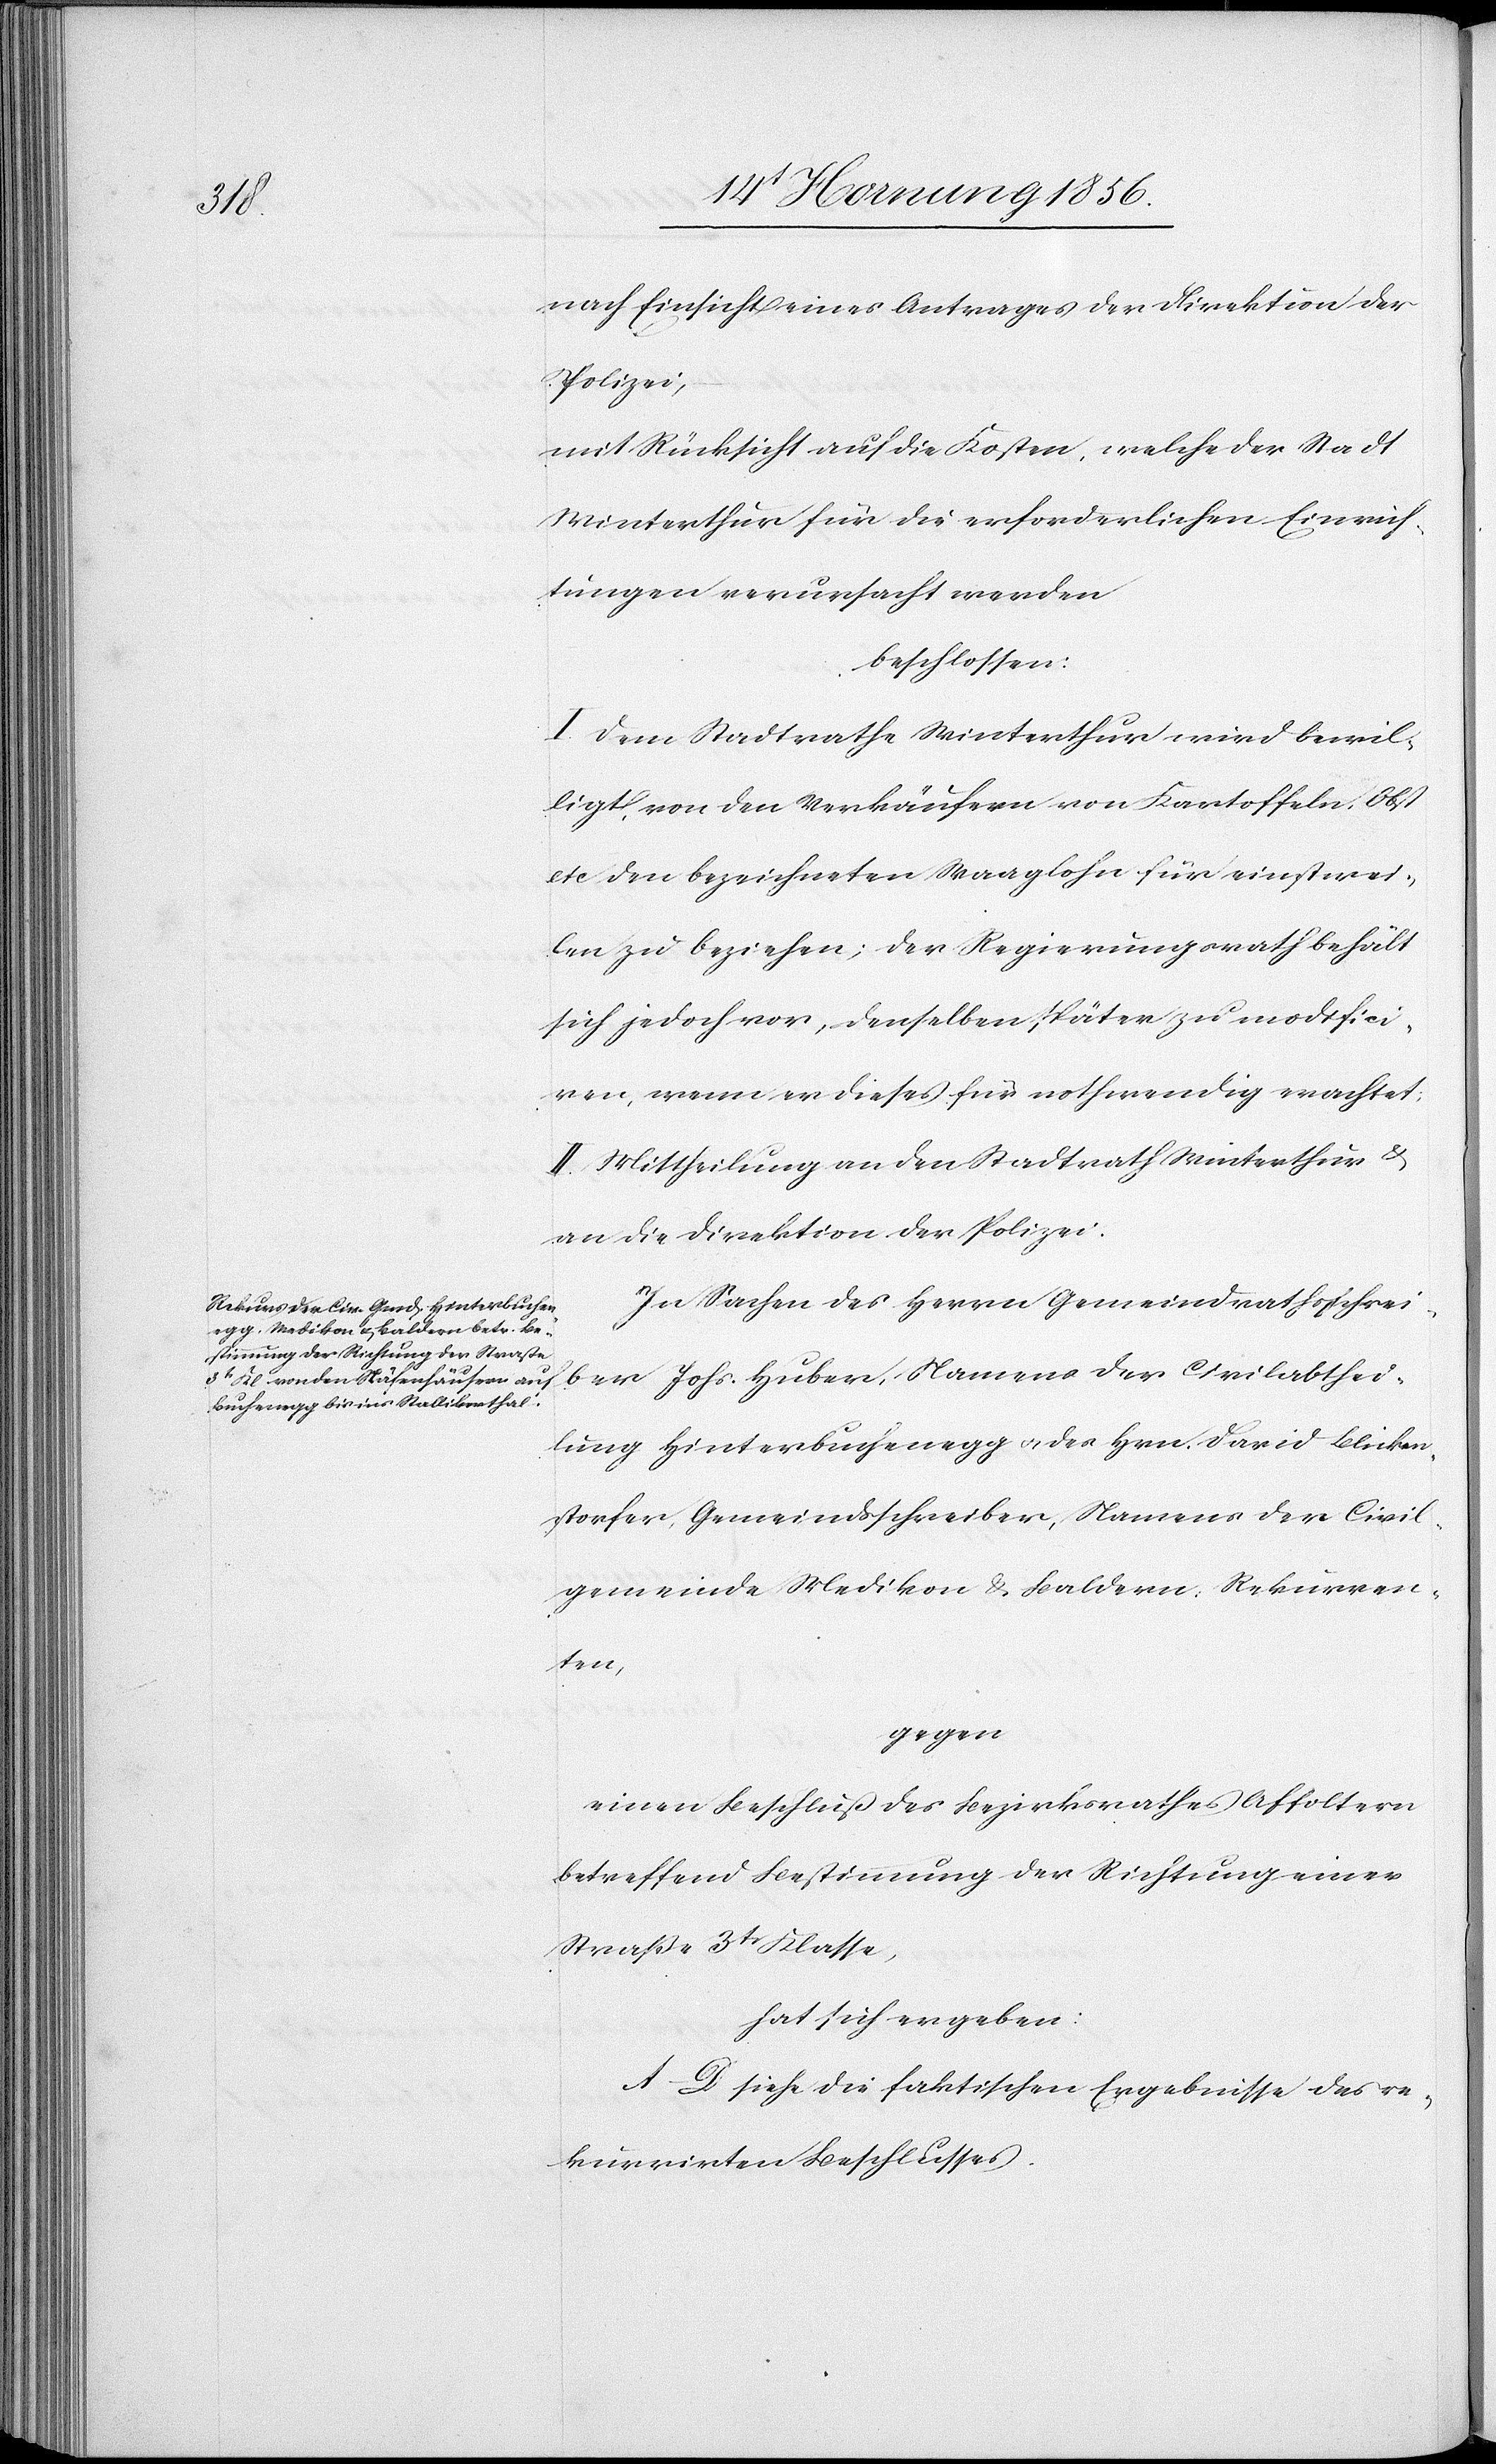
nach Einsicht eines Antrages der Direktion der
Polizei,
mit Rücksicht auf die Kosten, welche der Stadt
Winterthur für die erforderlichen Einrich¬
tungen verursacht werden
beschlossen:
I. Dem Stadtrathe Winterthur wird bewil¬
ligt, von den Verkäufern von Kartoffeln, Obst
etc. den bezeichneten Waaglohn für einstwei¬
len zu beziehen; der Regierungsrath behält
sich jedoch vor, denselben später zu modifici¬
ren, wenn er dieses für nothwendig erachtet;
II. Mittheilung an den Stadtrath Winterthur &
an die Direktion der Polizei.
In Sachen des Herrn Gemeindrathsschrei¬
ber Johs. Huber, Namens der Civilabthei¬
lung Hinterbuchenegg u. des Hrn. David Blicken¬
storfer, Gemeindsschreiber, Namens der Civil¬
gemeinde Medikon & Baldern, Rekurren¬
ten,
gegen
einen Beschluß des Bezirksrathes Affoltern
betreffend Bestimmung der Richtung einer
Straße 3tr Klasse,
hat sich ergeben:
A–D. siehe die faktischen Ergebnisse des re¬
kurrirten Beschlusses.